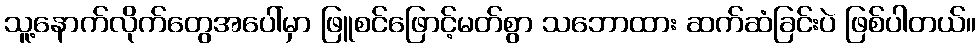
သူ့နောက်လိုက်တွေအပေါ်မှာ ဖြူစင်ဖြောင့်မတ်စွာ သဘောထား ဆက်ဆံခြင်းပဲ ဖြစ်ပါတယ်။